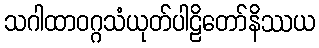
သဂါထာဝဂ္ဂသံယုတ်ပါဠိတော်နိဿယ